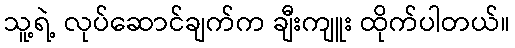
သူ့ရဲ့ လုပ်ဆောင်ချက်က ချီးကျူး ထိုက်ပါတယ်။